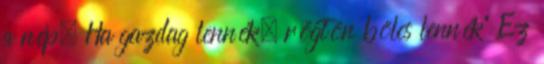
a nép, Ha gazdag lennék, rögtön bölcs lennék” Ez